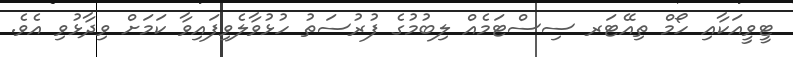
ޓީވީއަކާއި ހޯމް ތިއޭޓަރ ސިސްޓަމެއް ލިބުމުގެ ފުރުސަތު ހުޅުވާލެވިފައިވާ ކަމަށް ވިދާޅުވި އެވެ.